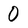
Character: 0